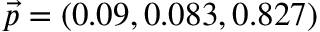
\vec { p } = ( 0 . 0 9 , 0 . 0 8 3 , 0 . 8 2 7 )